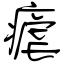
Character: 瘧